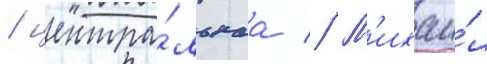
/ центра́льнаа // М'ихаи́л